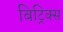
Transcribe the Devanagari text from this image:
बिट्रिक्स